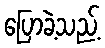
ပြောခဲ့သည့်